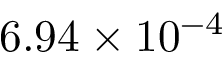
6 . 9 4 \times 1 0 ^ { - 4 }